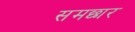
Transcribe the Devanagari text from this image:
समछार